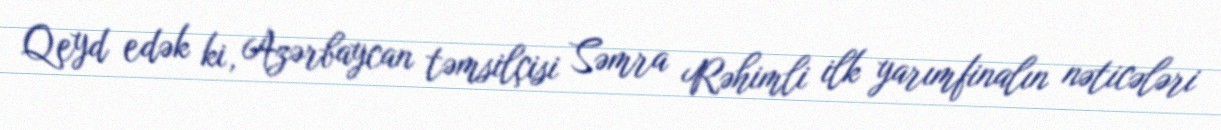
Qeyd edək ki, Azərbaycan təmsilçisi Səmra Rəhimli ilk yarımfinalın nəticələri